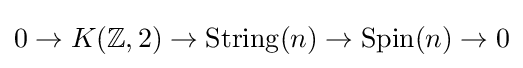
0\to K(\mathbb {Z} ,2)\to \operatorname {String} (n)\to \operatorname {Spin} (n)\to 0